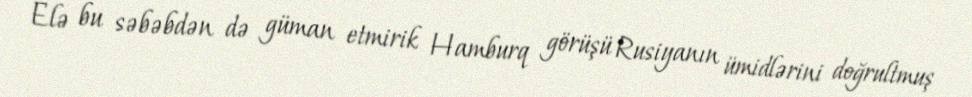
Elə bu səbəbdən də güman etmirik Hamburq görüşü Rusiyanın ümidlərini doğrultmuş